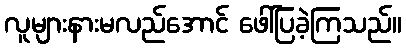
လူများနားမလည်အောင် ဖေါ်ပြခဲ့ကြသည်။